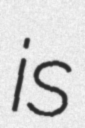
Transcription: is